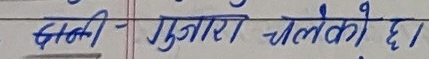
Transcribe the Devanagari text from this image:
सल्ली- गुफामा चलेको छ।